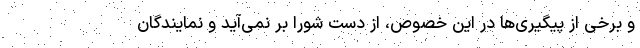
و برخی از پیگیری‌ها در این خصوص، از دست شورا بر نمی‌آید و نمایندگان